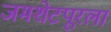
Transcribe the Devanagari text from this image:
जमशेटपूरला